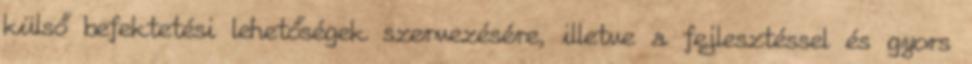
külső befektetési lehetőségek szervezésére, illetve a fejlesztéssel és gyors